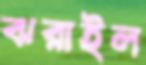
ঝরাইল